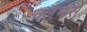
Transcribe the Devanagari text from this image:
क्लेमंस